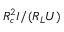
R _ { c } ^ { 2 } I / ( R _ { L } U )